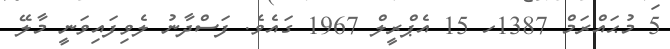
5 މުޙައްރަމް 1387ހ 15 އެޕްރީލް 1967 ގައެވެ. ފަސްދާނު ލެވިފައިވަނީ މާލޭ